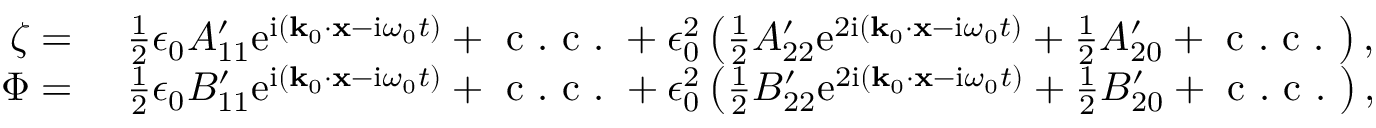
\begin{array} { r l } { \zeta = ~ } & { { } \frac { 1 } { 2 } \epsilon _ { 0 } A _ { 1 1 } ^ { \prime } \mathrm { e } ^ { \mathrm { i } ( \mathbf { k } _ { 0 } \cdot \mathbf { x } - \mathrm { i } \omega _ { 0 } t ) } + \mathrm { ~ c ~ . ~ c ~ . ~ } + \epsilon _ { 0 } ^ { 2 } \left( \frac { 1 } { 2 } A _ { 2 2 } ^ { \prime } \mathrm { e } ^ { 2 \mathrm { i } ( \mathbf { k } _ { 0 } \cdot \mathbf { x } - \mathrm { i } \omega _ { 0 } t ) } + \frac { 1 } { 2 } A _ { 2 0 } ^ { \prime } + \mathrm { ~ c ~ . ~ c ~ . ~ } \right) , } \\ { \Phi = ~ } & { { } \frac { 1 } { 2 } \epsilon _ { 0 } B _ { 1 1 } ^ { \prime } \mathrm { e } ^ { \mathrm { i } ( \mathbf { k } _ { 0 } \cdot \mathbf { x } - \mathrm { i } \omega _ { 0 } t ) } + \mathrm { ~ c ~ . ~ c ~ . ~ } + \epsilon _ { 0 } ^ { 2 } \left( \frac { 1 } { 2 } B _ { 2 2 } ^ { \prime } \mathrm { e } ^ { 2 \mathrm { i } ( \mathbf { k } _ { 0 } \cdot \mathbf { x } - \mathrm { i } \omega _ { 0 } t ) } + \frac { 1 } { 2 } B _ { 2 0 } ^ { \prime } + \mathrm { ~ c ~ . ~ c ~ . ~ } \right) , } \end{array}